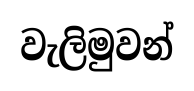
වැලිමුවන්